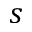
s